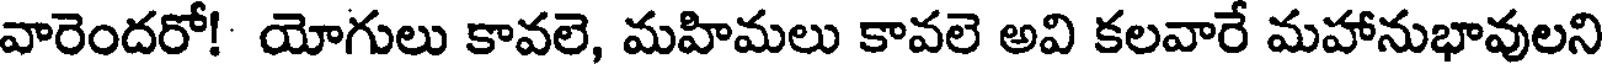
వారెందరో! యోగులు కావలె, మహిమలు కావలె అవి కలవారే మహానుభావులని